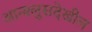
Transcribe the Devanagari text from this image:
आन्श्लुसदेखील